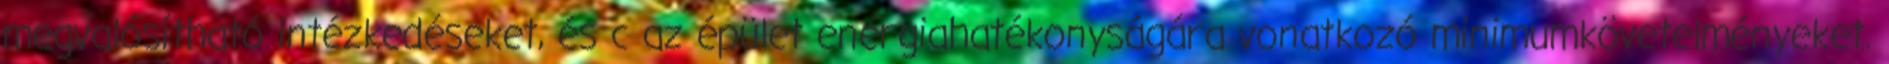
megvalósítható intézkedéseket, és c az épület energiahatékonyságára vonatkozó minimumkövetelményeket.